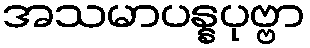
အသမာပန္နပုဗ္ဗာ